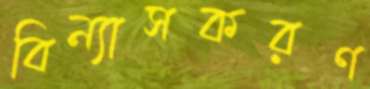
বিন্যাসকরণ